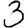
Digit: 3